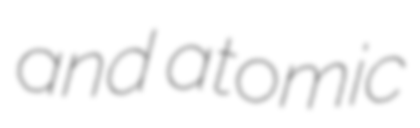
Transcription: and atomic